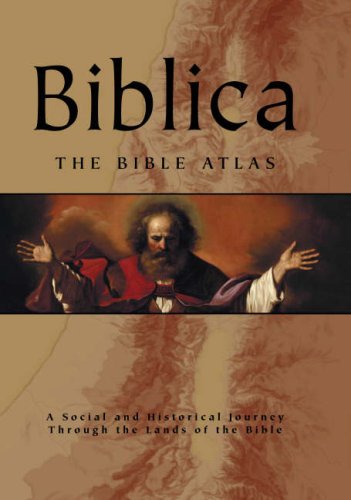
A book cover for Biblica: The Bible Atlas; Barry J. Beitzel; Christian Books & Bibles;